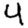
Digit: 4